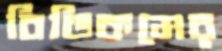
বিডিকমের